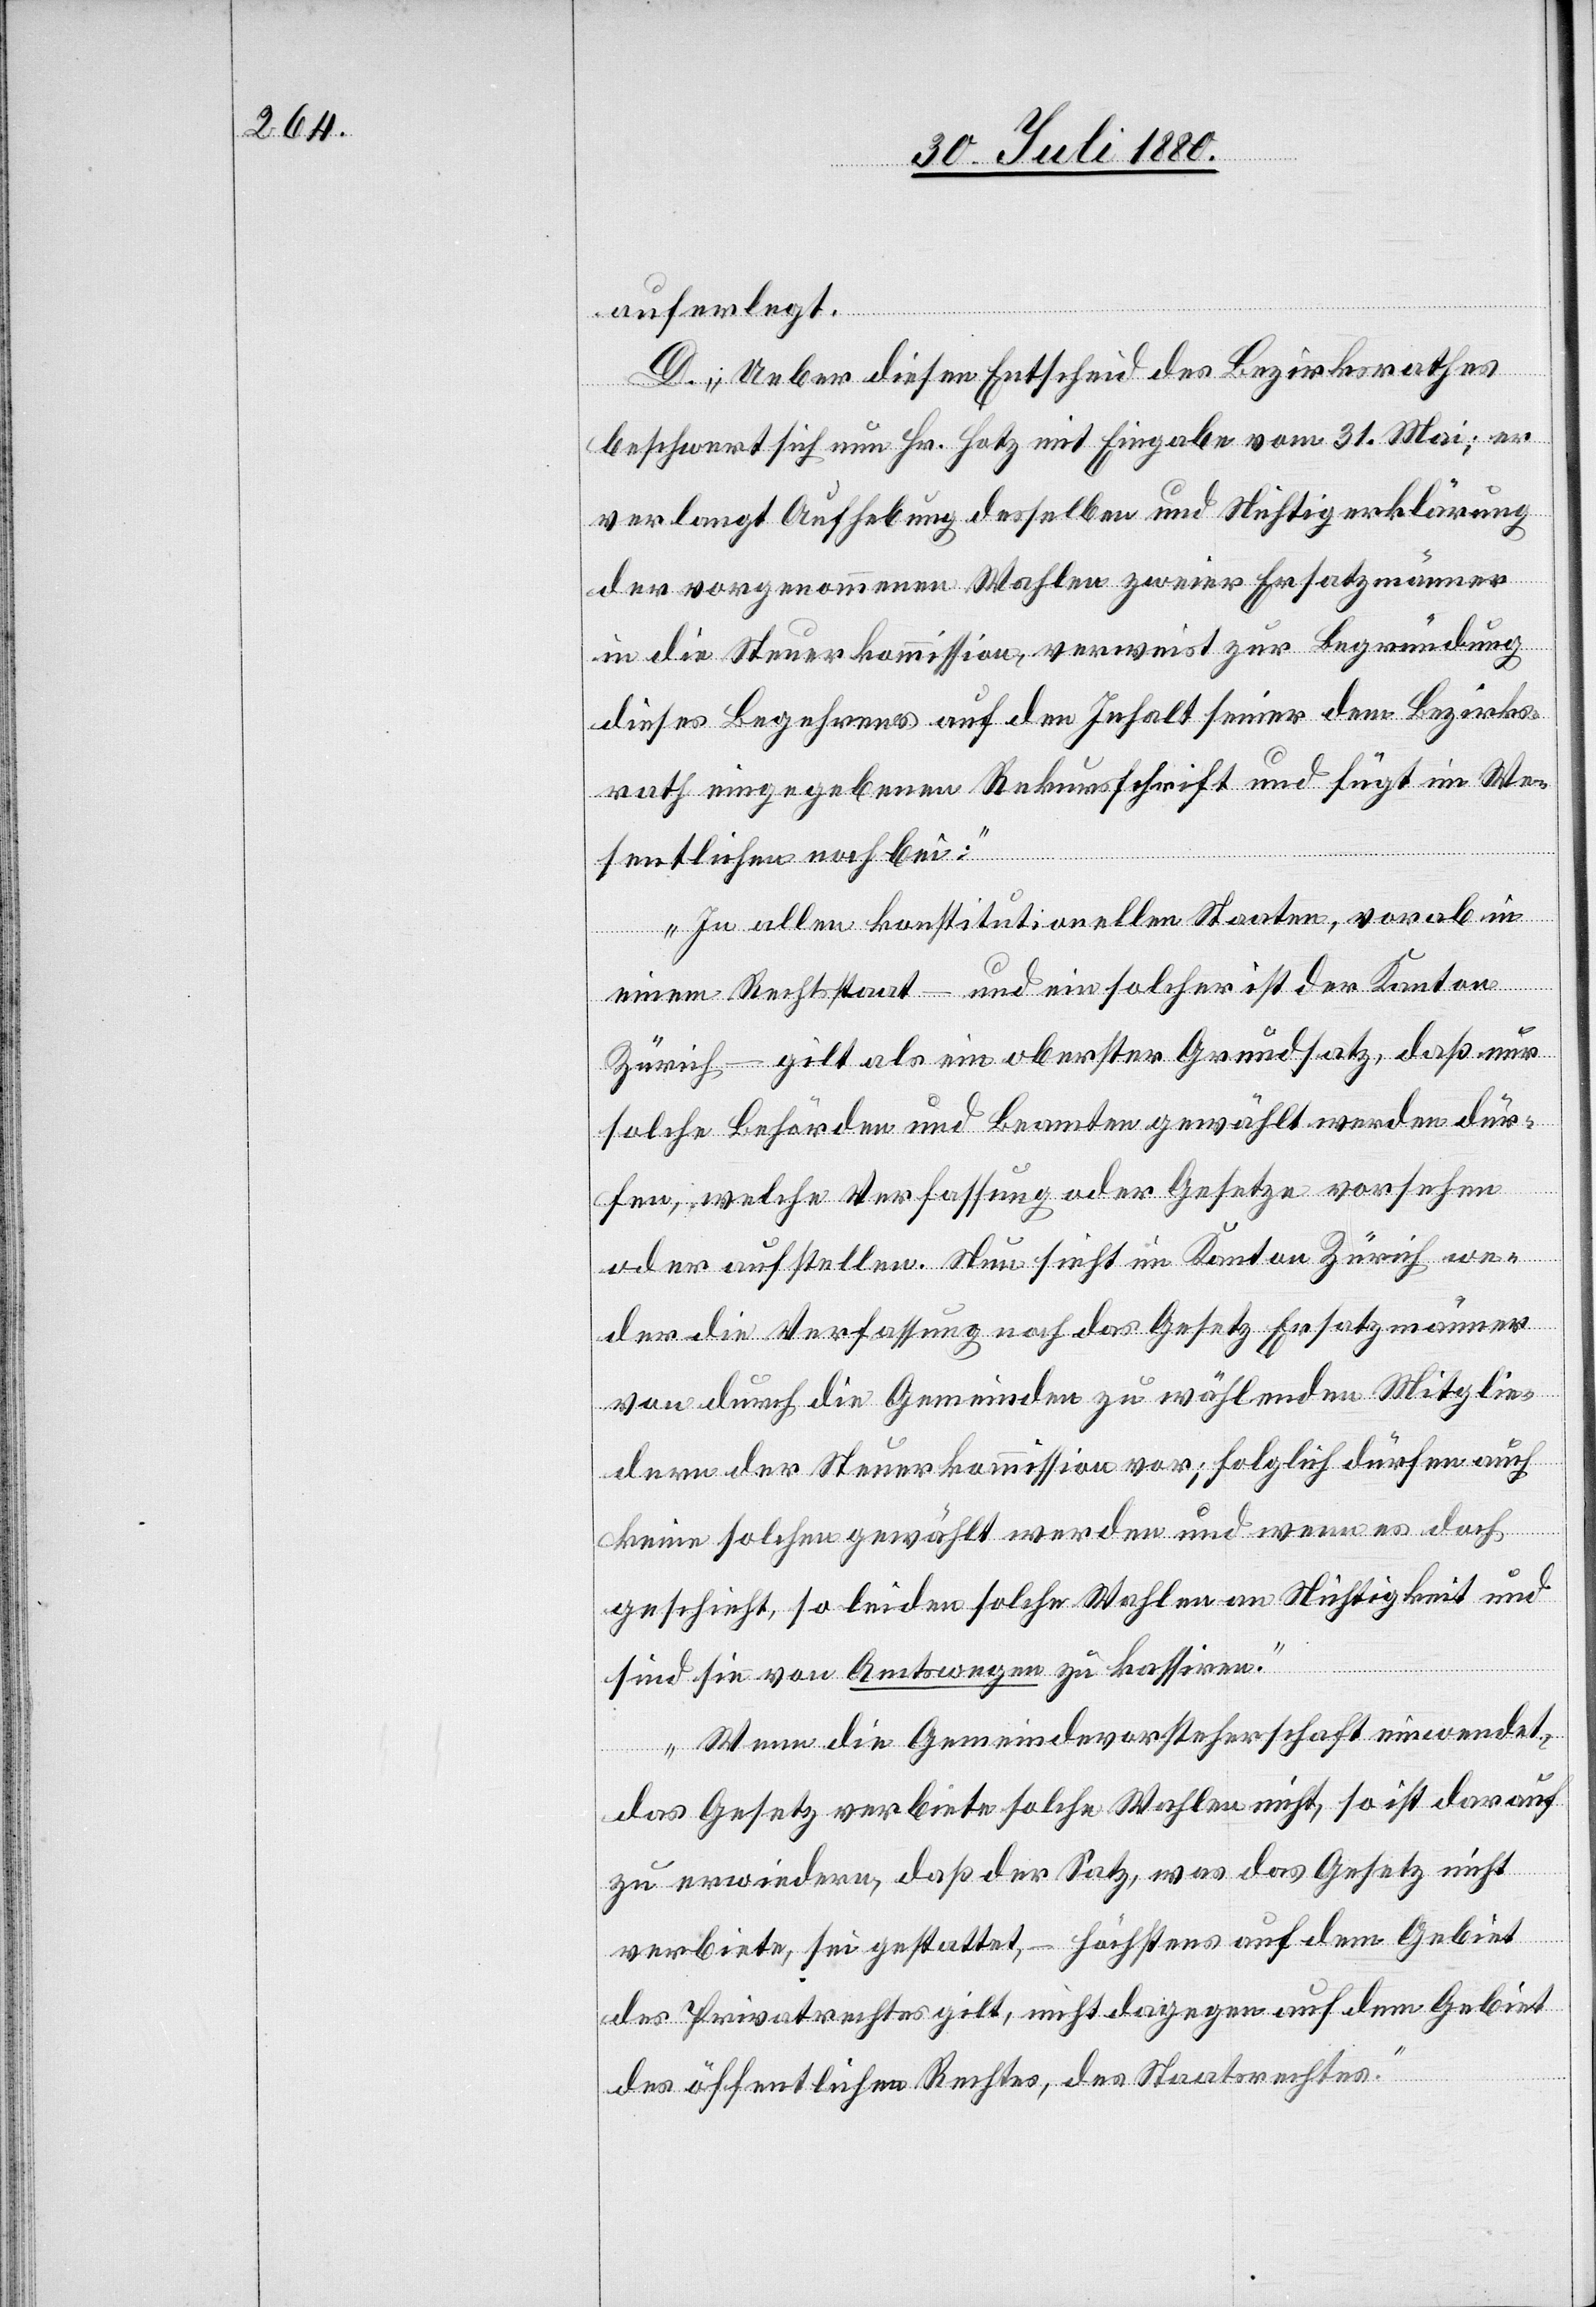
auferlegt.
D. Ueber diesen Entscheid des Bezirksrathes
beschwert sich nun Hr. Hotz mit Eingabe vom 31. Mai; er
verlangt Aufhebung desselben und Nichtigerklärung
der vorgenommenen Wahlen zweier Ersatzmänner
in die Steuerkommission, verweist zur Begründung
dieses Begehrens auf den Inhalt seiner dem Bezirks¬
rath eigegebenen Rekursschrift und fügt im We¬
sentlichen noch bei:
„In allen konstitutionellen Staaten, vorab in
einem Rechtstaat – und ein solcher ist der Kanton
Zürich – gilt als ein oberster Grundsatz, daß nur
solche Behörden und Beamte gewählt werden dür¬
fen, welche Verfassung oder Gesetze vorsehen
oder aufstellen. Neu sieht im Kanton Zürich we¬
der die Verfassung noch das Gesetz Ersatzmänner
von durch die Gemeinden zu wählenden Mitglie¬
dern der Steuerkommission vor; folglich dürfen auch
keine solchen gewählt werden und wenn es doch
geschieht, so leiden solche Wahlen an Nichtigkeit und
sind sie von Amtswegen zu kassiren.
Wenn die Gemeindevorsteherschaft einwendet,
das Gesetz verbiete solche Wahlen nicht, so ist darauf
zu erwiedern, daß der Satz, was das Gesetz nicht
verbiete, sei gestattet, – höchstens auf dem Gebiet
der Privatrechtes gilt, nicht dagegen auf dem Gebiet
des öffentlichen Rechtes, des Staatsrechtes.